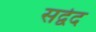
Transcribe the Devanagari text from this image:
सर्द्वद